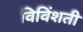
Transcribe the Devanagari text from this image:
विविंशती